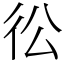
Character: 彸